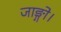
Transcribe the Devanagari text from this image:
जाङ्गो।